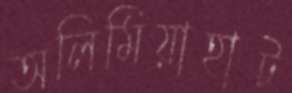
অলিমিয়াহাট